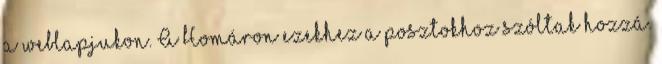
a weblapjukon. A Homáron ezekhez a posztokhoz szóltak hozzá.